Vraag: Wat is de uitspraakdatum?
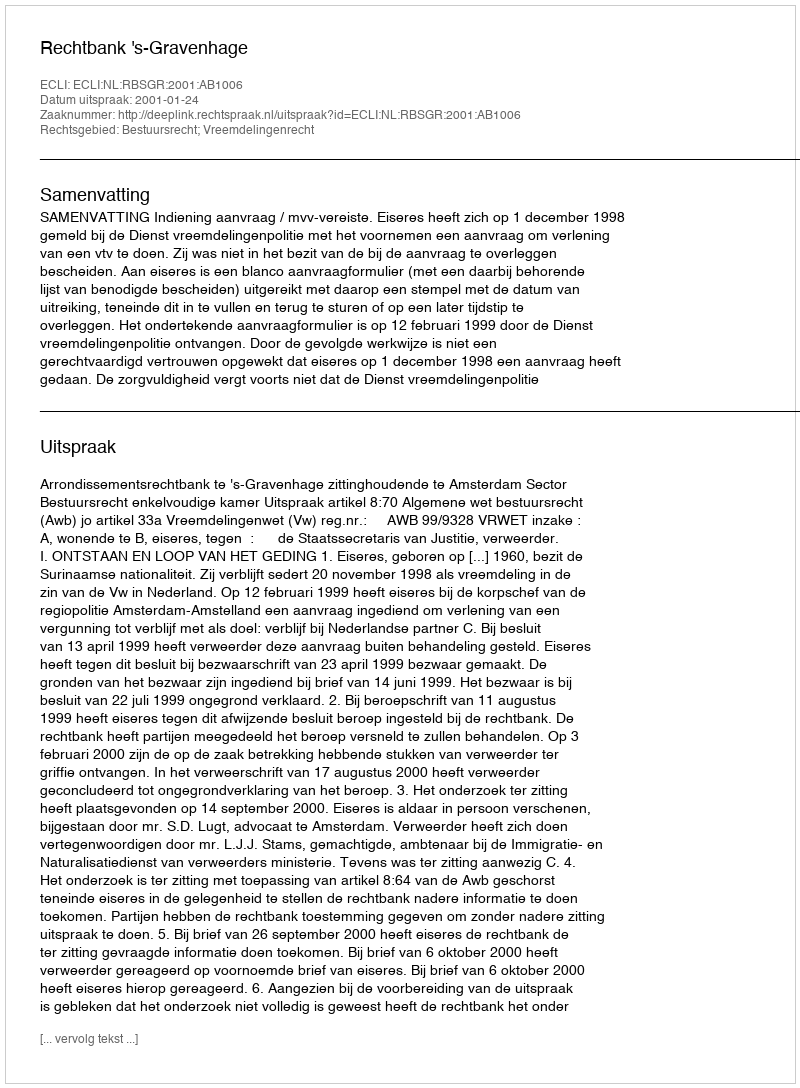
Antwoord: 2001-01-24